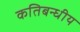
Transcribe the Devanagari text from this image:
कतिबन्धीय